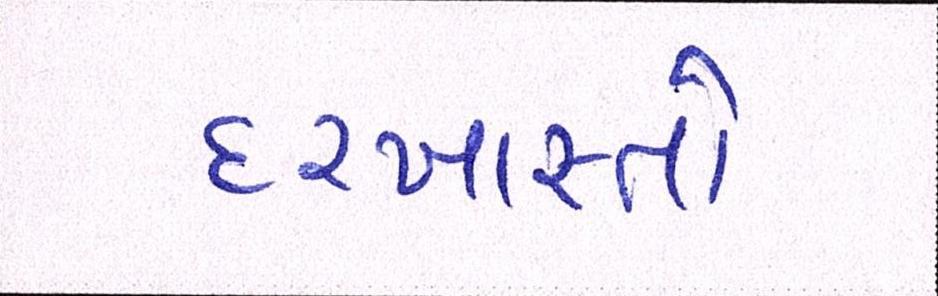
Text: દરખાસ્તો